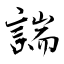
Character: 諯